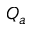
Q _ { a }